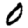
Digit: 0